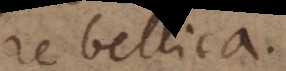
re bellica.